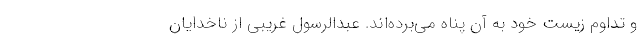
و تداوم زیست خود به آن پناه می‌برده‌اند. عبدالرسول غریبی از ناخدایان